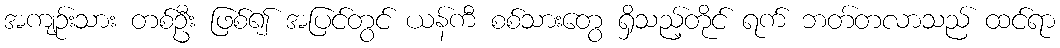
အကျဉ်းသား တစ်ဦး ဖြစ်၍ အပြင်တွင် ယန်ကီ စစ်သားတွေ ရှိသည့်တိုင် ရက် ဘတ်တလာသည် ထင်ရာ